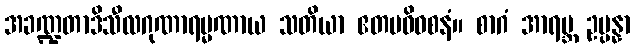
အခဏ္ဍတာဒိသီလဂုဏာရမ္မဏာယ သတိယာ ဧတမဓိဝစနံ။ စာဂံ အာရဗ္ဘ ဥပ္ပန္နာ